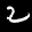
Label: 2